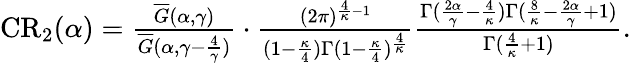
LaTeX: \begin{array}{r}{\mathrm{{CR}}_{2}(\alpha)=\frac{\overline{G}(\alpha,\gamma)}{\overline{G}(\alpha,\gamma-\frac{4}{\gamma})}\cdot\frac{(2\pi)^{\frac{4}{\kappa}-1}}{(1-\frac{\kappa}{4})\Gamma(1-\frac{\kappa}{4})^{\frac{4}{\kappa}}}\frac{\Gamma(\frac{2\alpha}{\gamma}-\frac{4}{\kappa})\Gamma(\frac{8}{\kappa}-\frac{2\alpha}{\gamma}+1)}{\Gamma(\frac{4}{\kappa}+1)}.}\end{array}